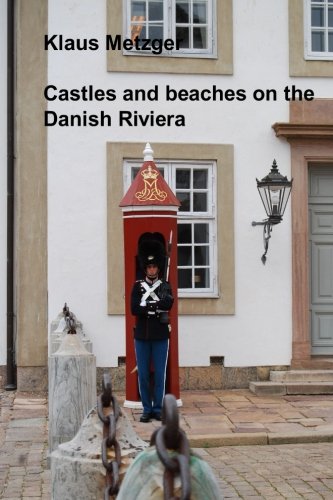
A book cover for Castles and beaches on the  Danish Riviera; Klaus Metzger; Travel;